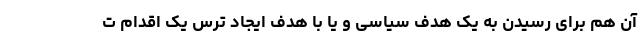
آن هم برای رسیدن به یک هدف سیاسی و یا با هدف ایجاد ترس یک اقدام ت